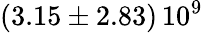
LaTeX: \left(3.15\pm 2.83\right)\, 10^{9}